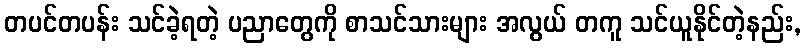
တပင်တပန်း သင်ခဲ့ရတဲ့ ပညာတွေကို စာသင်သားများ အလွယ် တကူ သင်ယူနိုင်တဲ့နည်း,